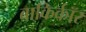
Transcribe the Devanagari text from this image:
बाकिर्कॉर